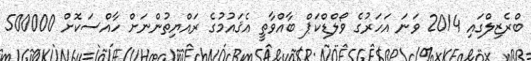
ބްރެޒިލްގައި 2014 ވަނަ އަހަރުގެ ވޯލްޑްކަޕް ބާއްވާތީ އެޤައުމުގެ ރައްޔިތުންނަށް ހާއްސަކޮށް 500000